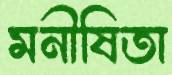
মনীষিতা